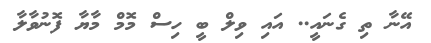
އޭނާ ތި ގެނައީ.. އައި ވިލް ބީ ހިސް މޮމް މާޔާ ފޮނުވާލާ